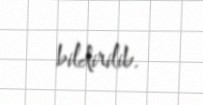
bildirilib.